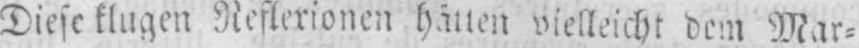
Diese klugen Reflexionen hätten vielleicht dem Mar⸗